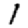
Digit: 1